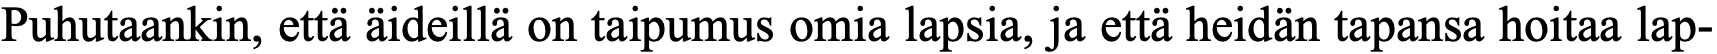
Puhutaankin, että äideillä on taipumus omia lapsia, ja että heidän tapansa hoitaa lap-